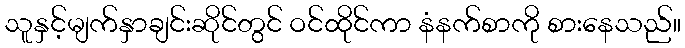
သူနှင့်မျက်နှာချင်းဆိုင်တွင် ဝင်ထိုင်ကာ နံနက်စာကို စားနေသည်။